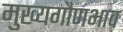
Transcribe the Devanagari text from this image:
मुख्यगौणभाव